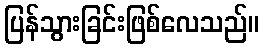
ပြန်သွားခြင်းဖြစ်လေသည်။